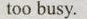
too busy.